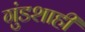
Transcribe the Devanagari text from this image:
गुंडशाही